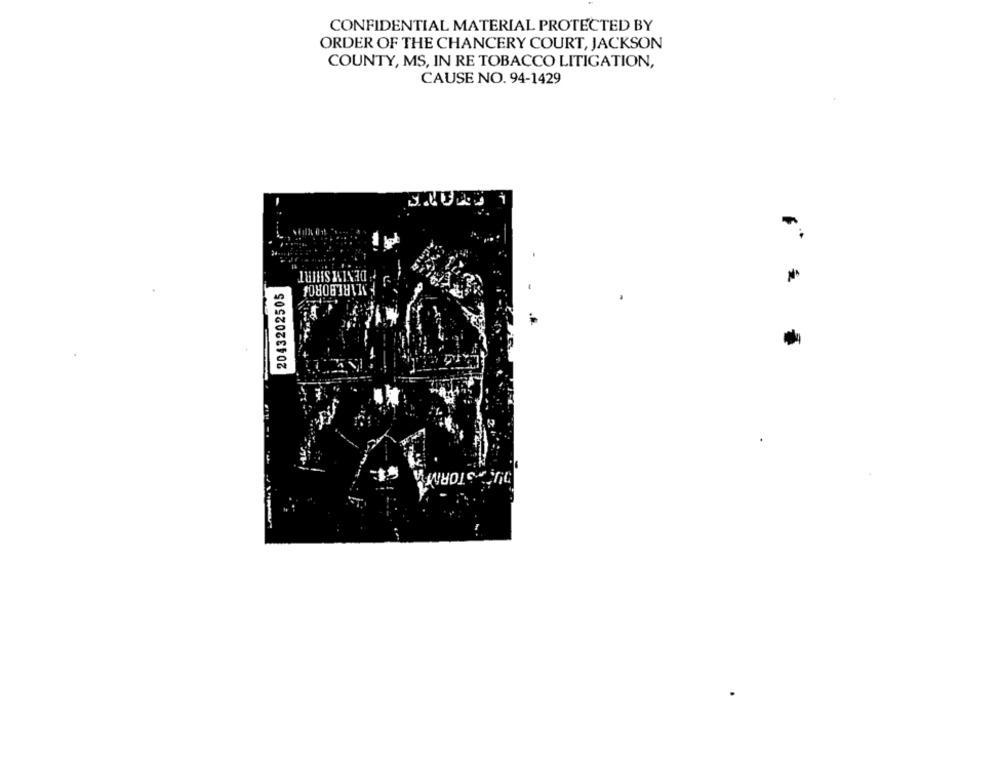
CONFIDENTIAL MATERIAL PROTECTED BY
ORDER OF THE CHANCERY COURT, JACKSON
COUNTY, MS, IN RE TOBACCO LITIGATION,
CAUSE NO. 94-1429
DENIM SHIRT
MARLBOROA
2043202505
DU STORMA